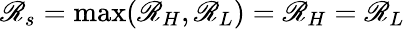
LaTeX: \mathscr{R}_{s}=\mathrm{{max}}(\mathscr{R}_{H},\mathscr{R}_{L})=\mathscr{R}_{H}=\mathscr{R}_{L}